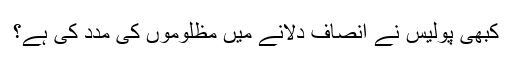
کبھی پولیس نے انصاف دلانے میں مظلوموں کی مدد کی ہے؟